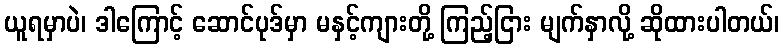
ယူရမှာပဲ၊ ဒါကြောင့် ဆောင်ပုဒ်မှာ မနှင့်ကျားတို့ ကြည့်ငြား မျက်နှာလို့ ဆိုထားပါတယ်၊